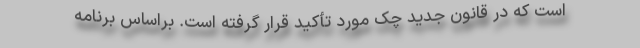
است که در قانون جدید چک مورد تأکید قرار گرفته است. براساس برنامه‌